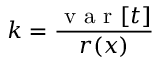
k = \frac { \mathrm { ~ v ~ a ~ r ~ } [ t ] } { r ( \boldsymbol { x } ) }